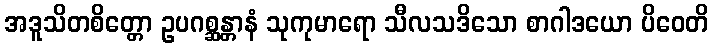
အဒူသိတစိတ္တော ဥပဂစ္ဆန္တာနံ သုကုမာရော သီလသဒိသော စာဂါဒယော ပိဝေတိ